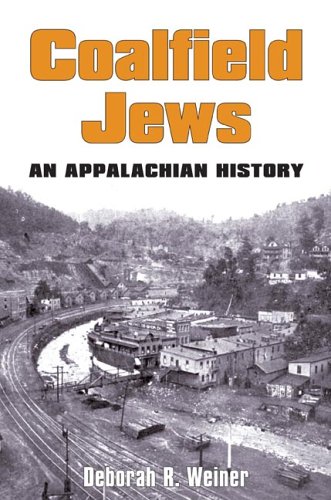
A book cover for COALFIELD JEWS: An Appalachian History; Deborah R. Weiner; Religion & Spirituality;